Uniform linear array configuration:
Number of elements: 64
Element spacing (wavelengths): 0.75
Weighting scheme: cosine
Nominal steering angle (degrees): -45
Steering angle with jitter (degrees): -44.639
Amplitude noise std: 0.05
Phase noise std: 0.05

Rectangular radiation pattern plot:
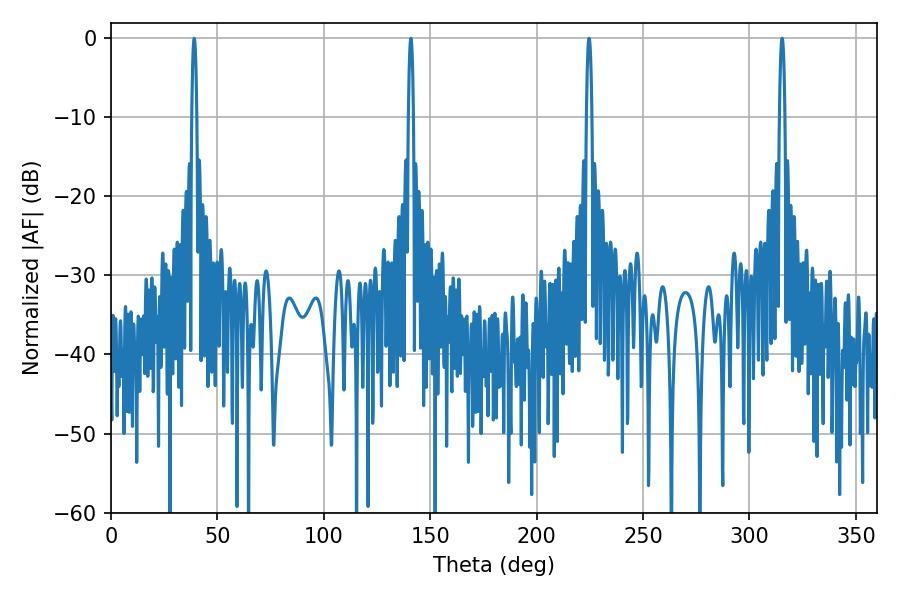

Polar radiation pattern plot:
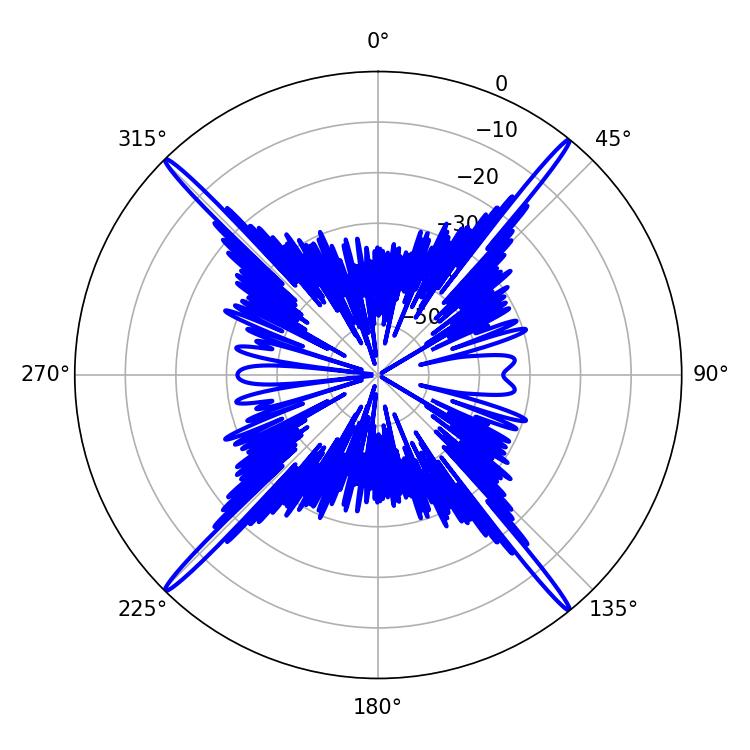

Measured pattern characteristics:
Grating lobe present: TRUE
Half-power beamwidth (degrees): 1.44
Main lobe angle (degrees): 224.64